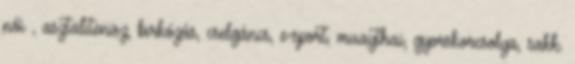
női , asztalitenisz, birkózás, cselgáncs, e-sport, muaythai, gyorskorcsolya, sakk.